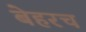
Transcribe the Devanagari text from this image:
बेहरच